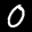
Label: 0